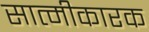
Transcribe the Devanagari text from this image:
सात्मीकारक